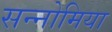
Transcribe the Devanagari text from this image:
सन्नोमिया